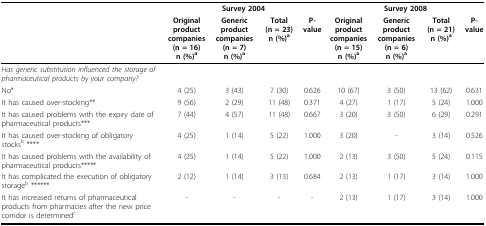
<table><thead><tr><td></td><td colspan="4"><b>Survey 2004</b></td><td colspan="4"><b>Survey 2008</b></td></tr><tr><td></td><td><b>Original product companies(n = 16)n (%)<sup>a</sup></b></td><td><b>Generic product companies(n = 7)n (%)<sup>a</sup></b></td><td><b>Total(n = 23)n (%)<sup>a</sup></b></td><td><b>P-value</b></td><td><b>Original product companies(n = 15)n (%)<sup>a</sup></b></td><td><b>Generic product companies(n = 6)n (%)<sup>a</sup></b></td><td><b>Total(n = 21)n (%)<sup>a</sup></b></td><td><b>P-value</b></td></tr></thead><tbody><tr><td><i>Has generic substitution influenced the storage of pharmaceutical products by your company?</i></td><td></td><td></td><td></td><td></td><td></td><td></td><td></td><td></td></tr><tr><td>No*</td><td>4 (25)</td><td>3 (43)</td><td>7 (30)</td><td>0.626</td><td>10 (67)</td><td>3 (50)</td><td>13 (62)</td><td>0.631</td></tr><tr><td>It has caused over-stocking**</td><td>9 (56)</td><td>2 (29)</td><td>11 (48)</td><td>0.371</td><td>4 (27)</td><td>1 (17)</td><td>5 (24)</td><td>1.000</td></tr><tr><td>It has caused problems with the expiry date of pharmaceutical products***</td><td>7 (44)</td><td>4 (57)</td><td>11 (48)</td><td>0.667</td><td>3 (20)</td><td>3 (50)</td><td>6 (29)</td><td>0.291</td></tr><tr><td>It has caused over-stocking of obligatory stocks<sup>b </sup>****</td><td>4 (25)</td><td>1 (14)</td><td>5 (22)</td><td>1.000</td><td>3 (20)</td><td>-</td><td>3 (14)</td><td>0.526</td></tr><tr><td>It has caused problems with the availability of pharmaceutical products*****</td><td>4 (25)</td><td>1 (14)</td><td>5 (22)</td><td>1.000</td><td>2 (13)</td><td>3 (50)</td><td>5 (24)</td><td>0.115</td></tr><tr><td>It has complicated the execution of obligatory storage<sup>b </sup>******</td><td>2 (12)</td><td>1 (14)</td><td>3 (13)</td><td>0.684</td><td>2 (13)</td><td>1 (17)</td><td>3 (14)</td><td>1.000</td></tr><tr><td>It has increased returns of pharmaceutical products from pharmacies after the new price corridor is determined<sup>c</sup></td><td>-</td><td>-</td><td>-</td><td>-</td><td>2 (13)</td><td>1 (17)</td><td>3 (14)</td><td>1.000</td></tr></tbody></table>